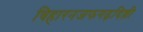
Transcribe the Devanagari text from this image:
विहारनजफगढ़दिल्ली